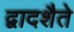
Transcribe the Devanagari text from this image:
द्वादशैते